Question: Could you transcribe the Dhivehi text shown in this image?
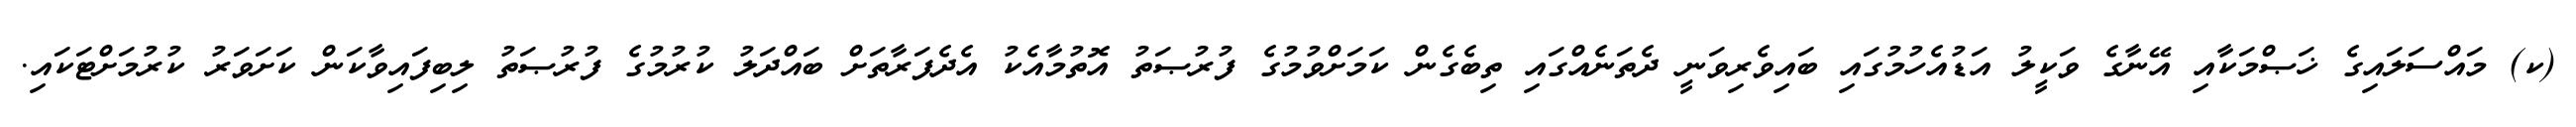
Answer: (ކ) މައްސަލައިގެ ޚަޞްމަކާއި އޭނާގެ ވަކީލު އަޑުއެހުމުގައި ބައިވެރިވަނީ ދެތަނެއްގައި ތިބެގެން ކަމަށްވުމުގެ ފުރުޞަތު އޮތުމާއެކު އެދެފަރާތަށް ބައްދަލު ކުރުމުގެ ފުރުޞަތު ލިބިފައިވާކަން ކަށަވަރު ކުރުމަށްޓަކައި.